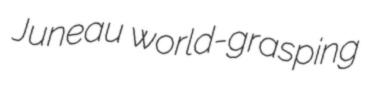
Juneau world-grasping